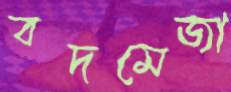
বদমেজা